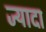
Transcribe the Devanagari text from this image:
ज्यादा